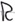
Text: R